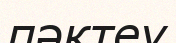
пәктеу